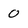
Character: 0